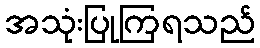
အသုံးပြုကြရသည်